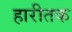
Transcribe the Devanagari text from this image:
हारीतक